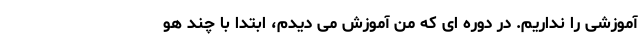
آموزشی را نداریم. در دوره ای که من آموزش می دیدم، ابتدا با چند هو